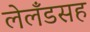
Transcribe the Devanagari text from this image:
लेलँडसह